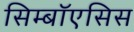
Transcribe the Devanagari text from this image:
सिम्बॉएसिस